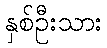
နှစ်ဦးသား